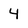
Character: 4